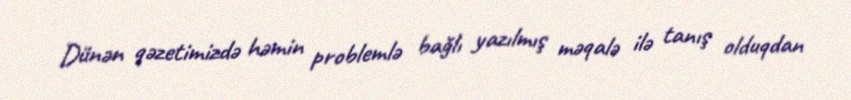
Dünən qəzetimizdə həmin problemlə bağlı yazılmış məqalə ilə tanış olduqdan